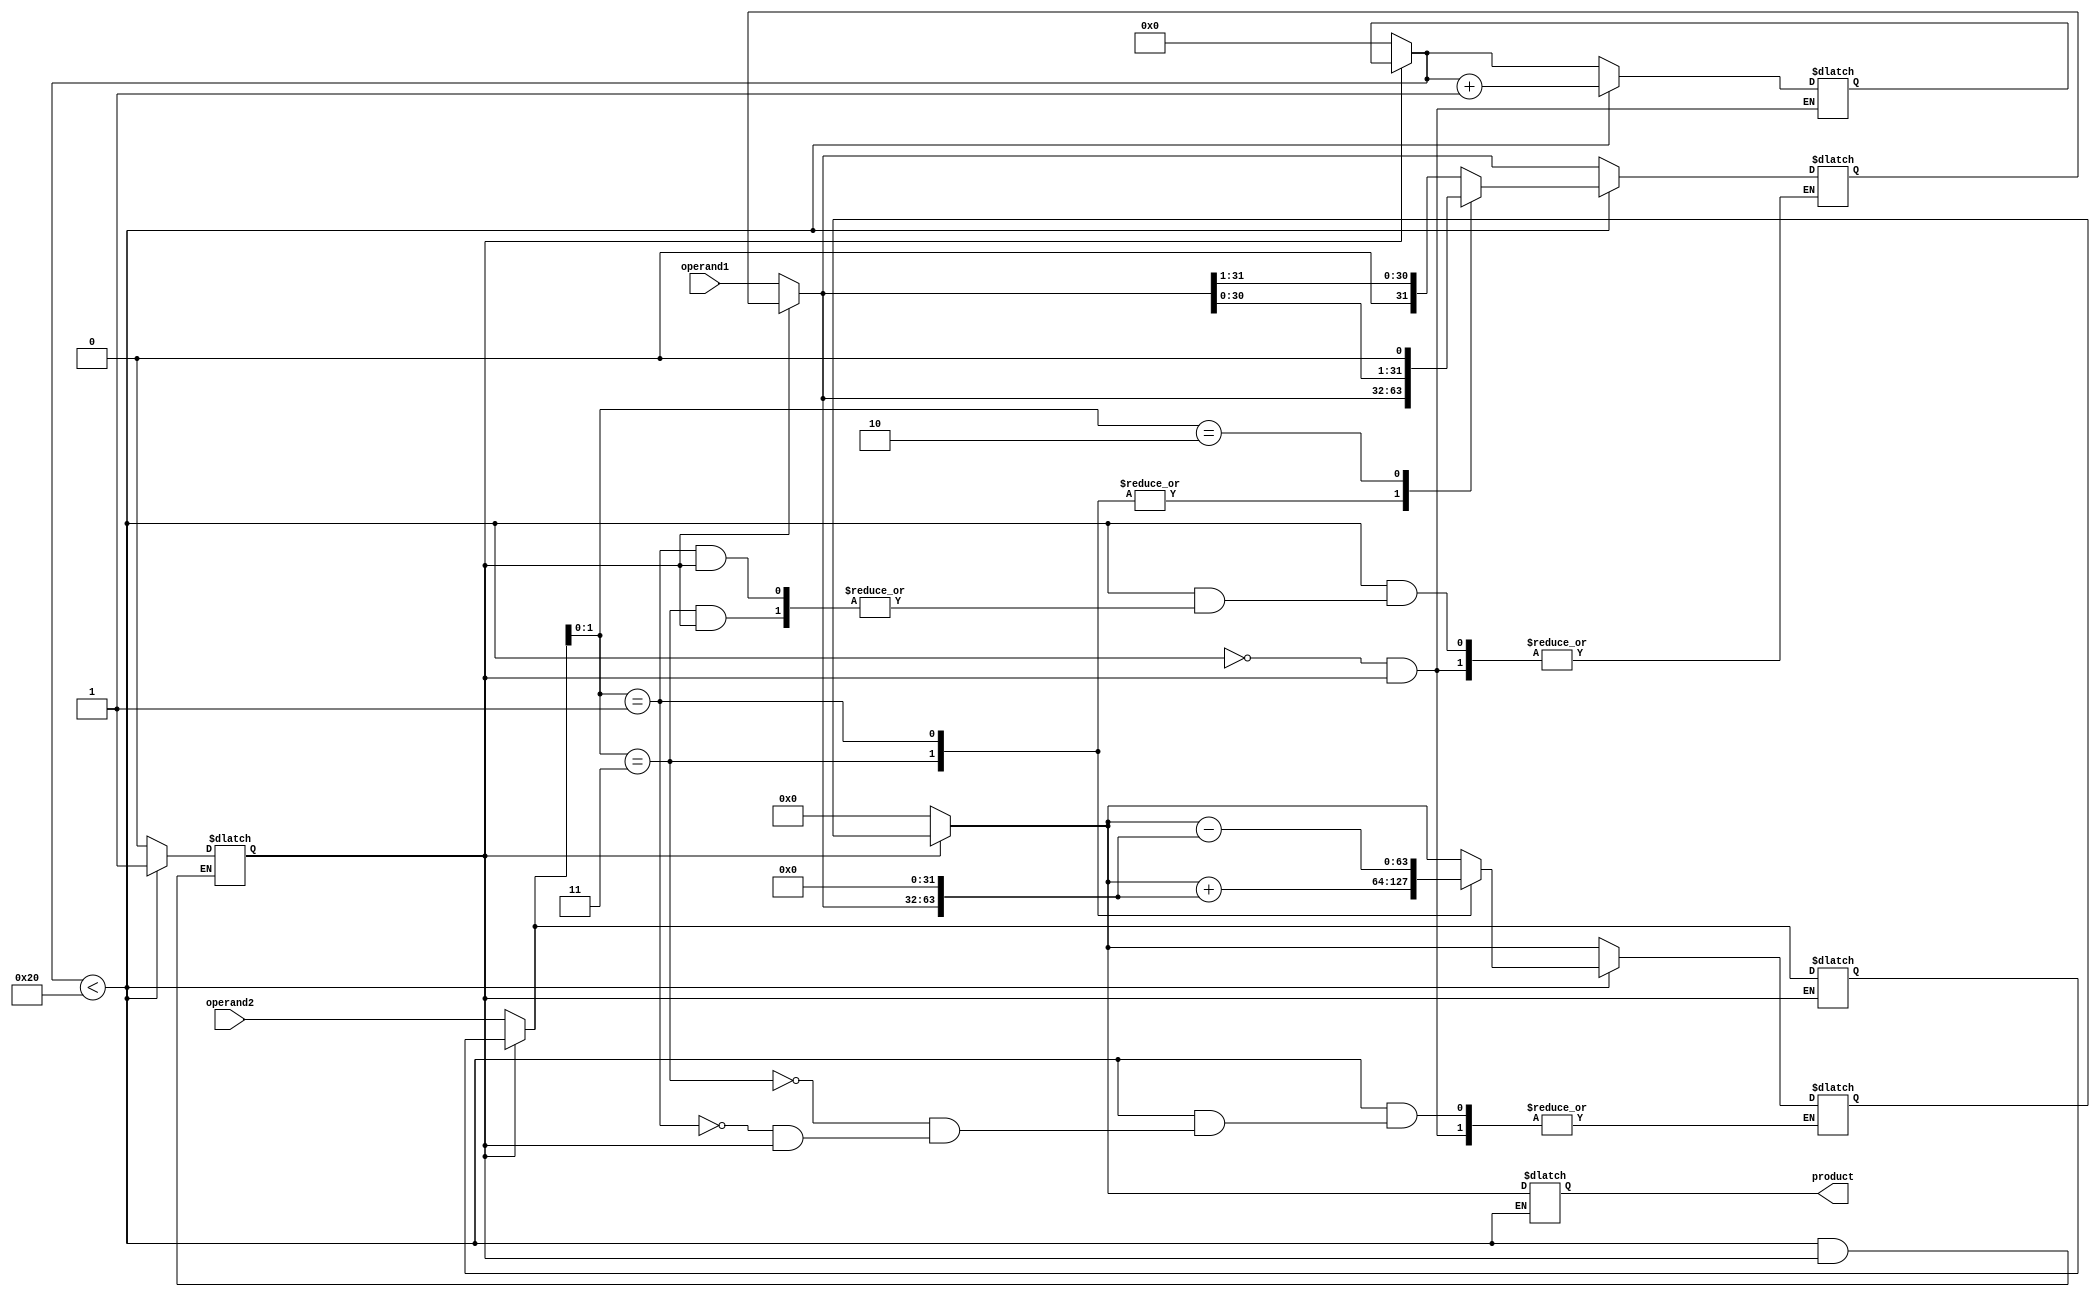
module booth_multiplier (
    input [31:0] operand1,
    input [31:0] operand2,
    output reg [63:0] product
);

reg [31:0] a;
reg [31:0] b;
reg [63:0] partial_product;
reg [6:0] counter;
reg state;
reg [1:0] a_shift;
reg sign;

always @* begin
    if (state == 0) begin
        a = operand1;
        b = operand2;
        counter = 0;
        partial_product = 64'b0;
        a_shift = 0;
        sign = 0;
        state = 1;
    end
    
    if (state == 1) begin
        if (counter < 32) begin
            case ({b[1], b[0]})
                2'b11: partial_product = partial_product + {a, 32'b0};
                2'b01: partial_product = partial_product - {a, 32'b0};
                2'b10: begin
                    a_shift = a_shift + 1;
                    a = a << 1;
                end
                default: begin
                    a_shift = a_shift + 1;
                    a = a >> 1;
                end
            endcase
            b = {b[31], b};
            counter = counter + 1;
        end else begin
            product = partial_product;
            state = 0;
        end
    end
end

endmodule